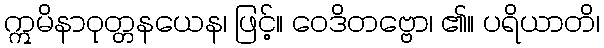
ဣမိနာဝုတ္တနယေန၊ ဖြင့်။ ဝေဒိတဗ္ဗော၊ ၏။ ပရိယာတိ၊